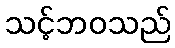
သင့်ဘဝသည်